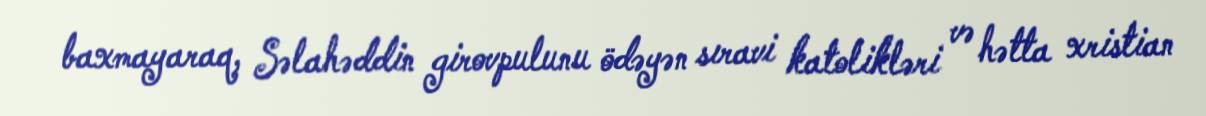
baxmayaraq, Səlahəddin girovpulunu ödəyən sıravi katolikləri və hətta xristian